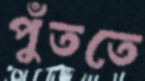
পুঁততে